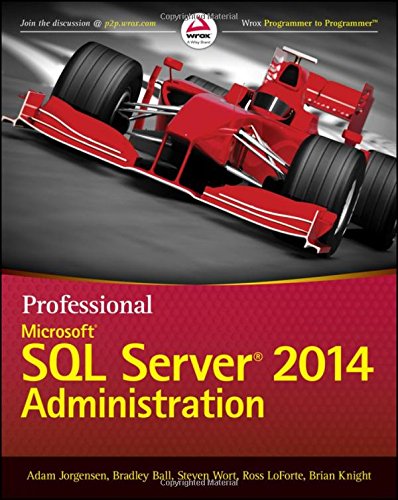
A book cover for Professional Microsoft SQL Server 2014 Administration; Adam Jorgensen; Computers & Technology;